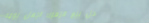
محل بيع الزهور: اجعل يومه